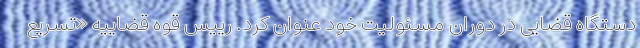
دستگاه قضایی در دوران مسئولیت خود عنوان کرد. رییس قوه قضاییه «تسریع